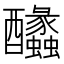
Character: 䤙